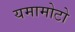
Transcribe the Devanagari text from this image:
यमामोटो